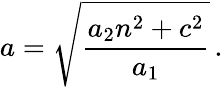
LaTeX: a=\sqrt{\frac{a_{2}n^{2}+c^{2}}{a_{1}}}\, .